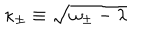
LaTeX: \kappa _ { \pm } \equiv \sqrt { \omega _ { \pm } - \lambda }